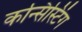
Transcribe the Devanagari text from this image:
कन्सिस्टिंग